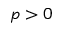
p > 0